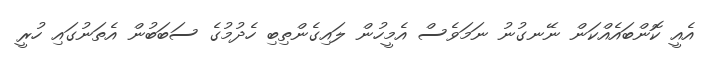
އެއީ ކޮންބައެއްކަން ނޭނގުނު ނަމަވެސް އެމީހުން ލައިގެންތިބި ހެދުމުގެ ސަބަބުން އެތަނުގައި ހުރީ